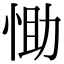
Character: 𢚆